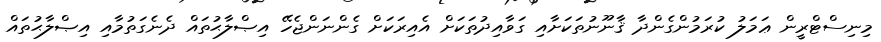
މިނިސްޓްރީން ޢަމަލު ކުރަމުންގެންދާ ޤާނޫނުތަކަށާއި ގަވާއިދުތަކަށް އެއިރަކަށް ގެންނަންޖެހޭ އިޞްލާޙުތައް ދެނެގަތުމާއި އިޞްލާޙުތައް